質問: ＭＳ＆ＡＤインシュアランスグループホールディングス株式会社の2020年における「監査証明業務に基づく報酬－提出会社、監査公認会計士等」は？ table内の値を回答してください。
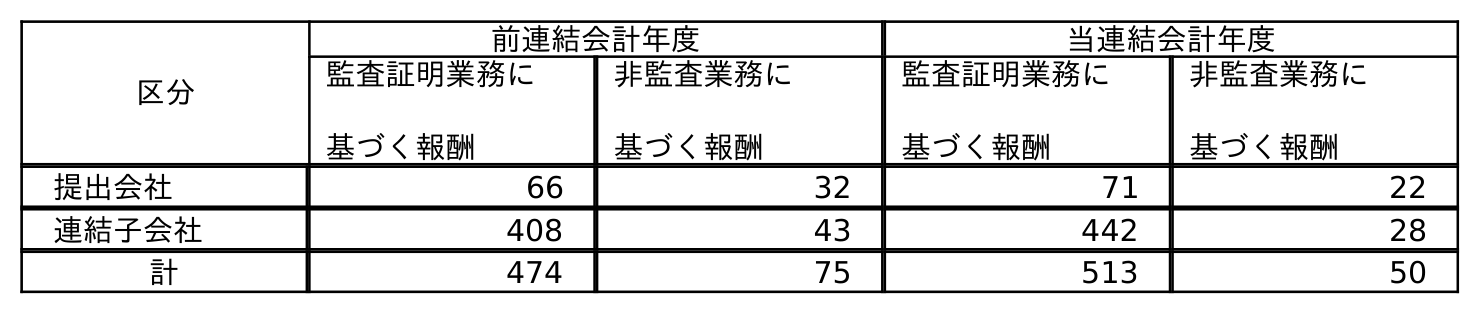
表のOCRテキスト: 区分 前連結会計年度 当連結会計年度 監査証明業務に 基づく報酬 非監査業務に 基づく報酬 監査証明業務に 基づく報酬 非監査業務に 基づく報酬 提出会社 66 32 71 22 連結子会社 408 43 442 28 計 474 75 513 50
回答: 71